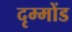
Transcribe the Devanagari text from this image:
दृम्मोंड